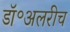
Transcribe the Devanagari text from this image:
डॉ॰अलरीच